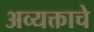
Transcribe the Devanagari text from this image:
अव्यक्ताचे